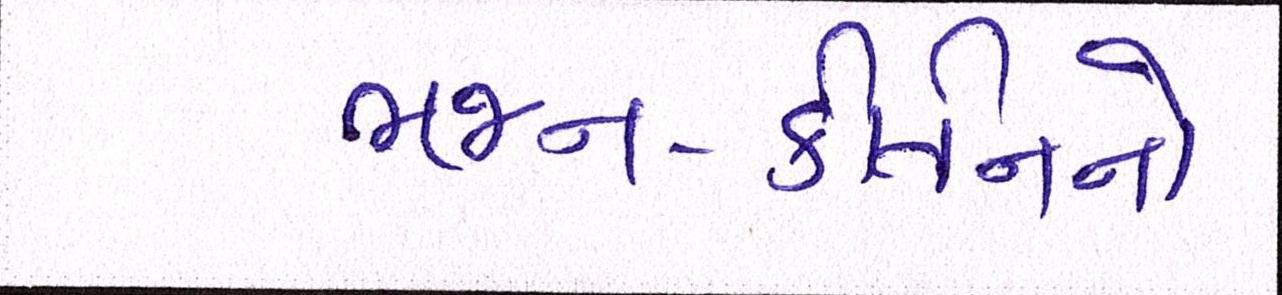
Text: ભજન-કીર્તનનો